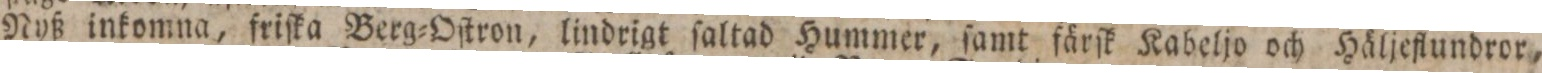
Nyß inkomna, friſka Berg=Oſtron, lindrigt ſaltad Hummer, ſamt färſk Kabeljo och Häljeflundror,